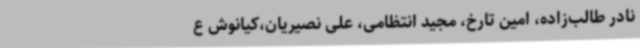
‌نادر طالب‌زاده‌، امین تارخ‌، مجید انتظامی، علی نصیریان،‌کیانوش ع